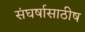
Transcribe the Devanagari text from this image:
संघर्षासाठीष